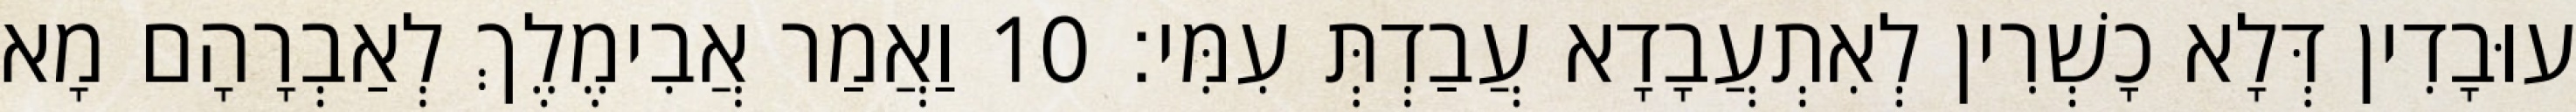
עוּבָדִין דְּלָא כָשְׁרִין לְאִתְעֲבָדָא עֲבַדְתְּ עִמִּי׃ 10 וַאֲמַר אֲבִימֶלֶךְ לְאַבְרָהָם מָא